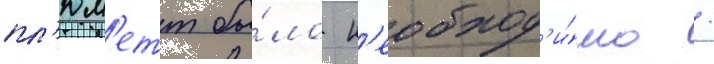
пл'юм'етт бы́ло н'еобход'и́мо /